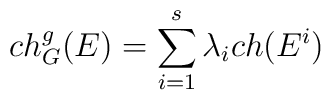
ch_{G}^{g}(E)=\sum_{i=1}^{s}\lambda_{i} ch(E^{i})